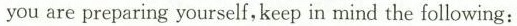
you are preparing yourself, keep in mind the following: